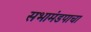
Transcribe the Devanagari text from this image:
सभामंडपाचा